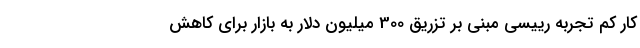
کار کم تجربه رییسی مبنی بر تزریق 300 میلیون دلار به بازار برای کاهش